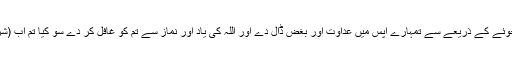
شیطان تو یوں چاہتا ہے شراب اور جوئے کے ذریعے سے تمہارے آپس میں عداوت اور بغض ڈال دے اور اللہ کی یاد اور نماز سے تم کو غافل کر دے سو کیا تم اب (شراب اور جوئے سے) باز آ جاؤ گے؟